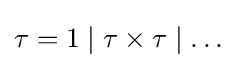
\tau =1\mid \tau \times \tau \mid \ldots